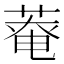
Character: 𫈸